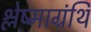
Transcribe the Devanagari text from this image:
श्लेष्माग्रंथि